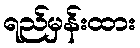
ရည်မှန်းထား